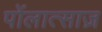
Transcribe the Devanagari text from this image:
पोंलात्साज़